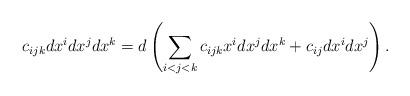
LaTeX: \begin{align*}c_{ijk} d x^i dx^j dx^k = d \left( \sum_{i<j<k} c_{ijk} x^i dx^jdx^k + c_{ij} dx^i dx^j \right).\end{align*}